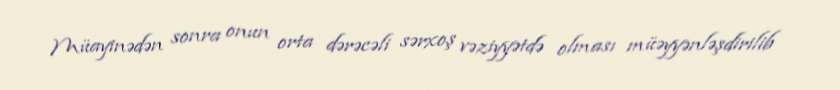
Müayinədən sonra onun orta dərəcəli sərxoş vəziyyətdə olması müəyyənləşdirilib